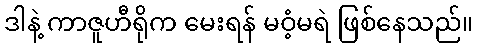
ဒါနဲ့ ကာဇူဟီရိုက မေးရန် မဝံ့မရဲ ဖြစ်နေသည်။